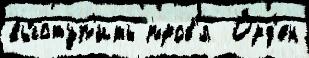
вы́ступ'ить пров'́л  О́рд'ен